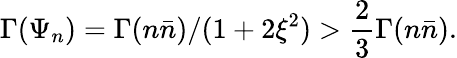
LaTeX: \Gamma(\Psi_{n})=\Gamma(n\bar{n})/(1+2\xi^{2})>\frac{2}{3}\Gamma(n\bar{n}).